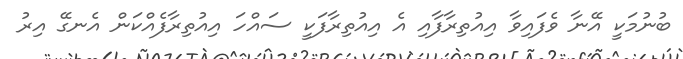
ބުނުމަކީ އޭނާ ވެފައިވާ އިއުތިރާފާއި އެ އިއުތިރާފަކީ ސައްހަ އިއުތިރާފެއްކަން އެނގޭ އިރު